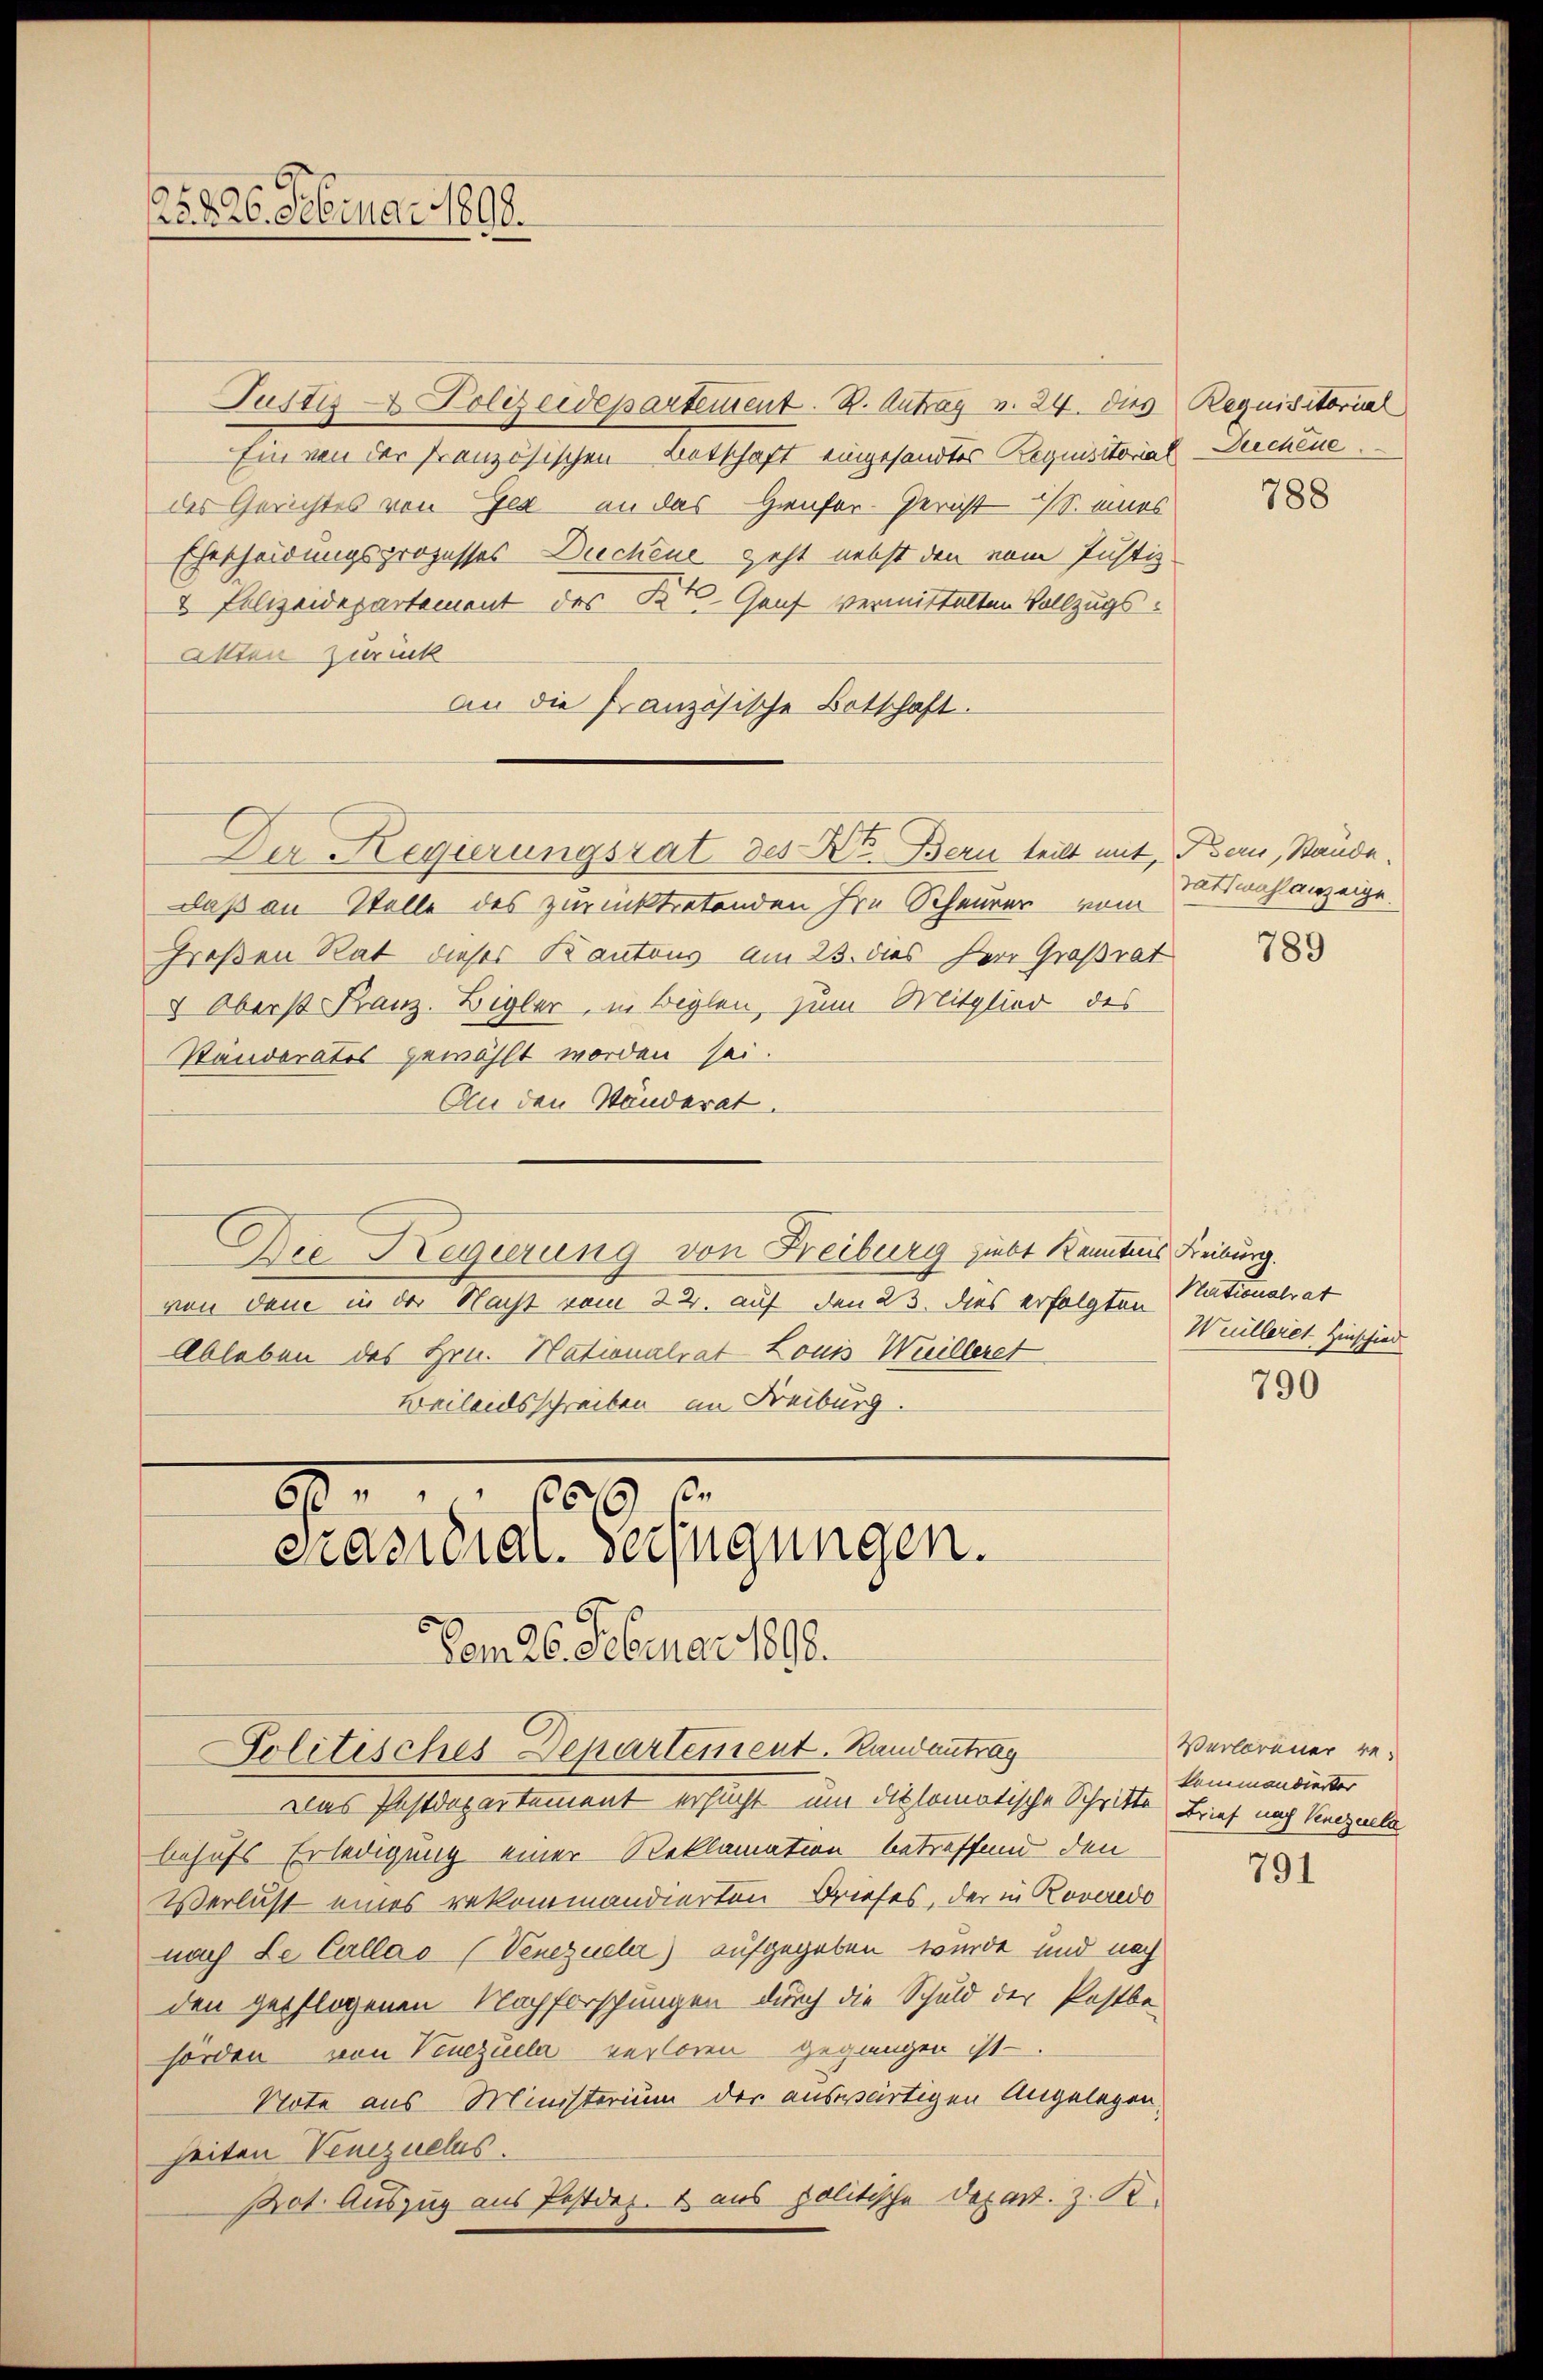
25. d. 26. Februar 1890.

Justiz & Polizeidepartement. B. Antrag v. 24. dies Requisitorial
Ein von der französischen Botschaft eingesandtes Requisitorial-Dirchene
des Gerichtes von Jea an das Hienfor-Gericht S. eines
Ehescheidungsprozesses Drechene geht nebst den vom Justiz
2 Polizeidepartement des K. Genf vermittelten Vollzugsallten zurück
An die französische Botschaft.
Der Regierungsrat des Kt. Bern teilt mit, Bern, Stände.
Daß an Stelle des zurücktretenden Hrn. Scheurer vom
Großen Rat dieses Kantons am 23. dies Herr Großrat
 Oberst Franz. Bigler, in Beglen, zum Mitglied des
Ständerates gewählt worden sei.
An den Wänderat.
Die Regierung von Freiburg giebt Kenntnis Freiburg.
von dem in der Nacht vom 22. auf den 23. dies erfolgten Stationalrat
Ableben des Hrn. Nationalrat Louis Weilleret
Beileidsschreiben am Freiburg.

Das Postdepartement ersucht um diplomatische Schritte Brief nach Verzula
behufs Erledigung einer Reklamation betreffend den
Verlust eines rekommandierten Briefes, der in Roveredo
nach Le Callas (Venezuela) aufgegeben wurde und nach
den gepflogenen Nachforschungen durch die Schuld der Postbehorden von Venezuela verloren gegangen ist
Note aus Ministerium der auswärtigen Angelegen,
heiten Venezuelus.
Pot. Auszug aus Postdes & aus politische Depart. z. R.

8
200.
Präsidial-Verfügungen.
Vom 26. Februar 1890.

Politisches Departement. Randantrag

788

Tatswahlanzeige

789

Willeres Hinschied

790

Verlorener rekommandierter

791